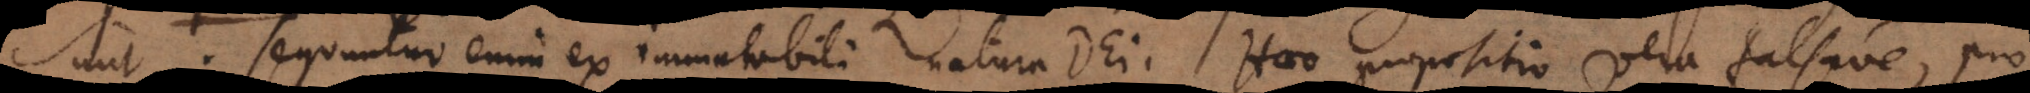
sunt. Sequuntur enim ex immutabili natura Dei. Haec propositio vera falsave, pro